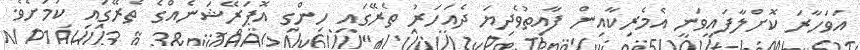
އަވަހާރަ ކޮށްލާފައިވަނީ އެމެރިކާއިން ފާއިތުވެދިޔަ ދެއަހަރު ތެރޭގައި ހިންގި އޮޕަރޭޝަނެއްގެ ތެރޭގައި ކަމަށެވެ.